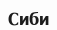
Сиби